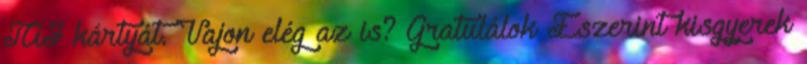
TAJ kártyát. Vajon elég az is? Gratulálok Eszerint kisgyerek